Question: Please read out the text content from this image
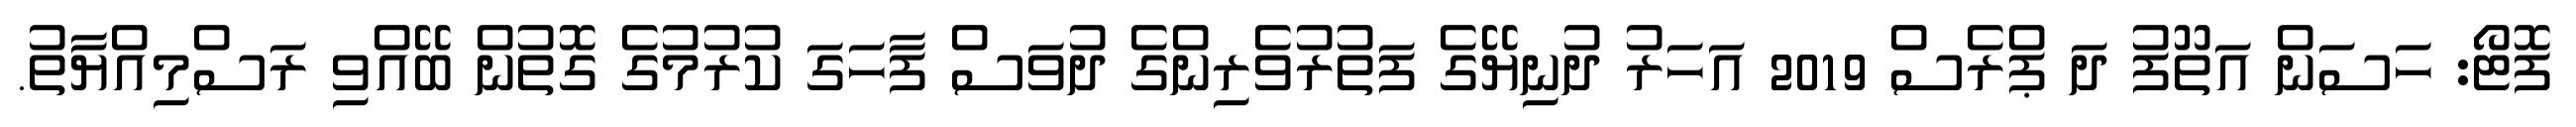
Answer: ފޮޓޯ: ހަސަން އަތޫފު ދަ ޕްރެސް 2019 އަހަރު ދުނިޔޭގެ ފަތުރުވެރިންގެ ދުވަސް ފާހަގަ ކުރުމުގެ ގޮތުން ބޭއްވި ރަސްމިއްޔާތު.